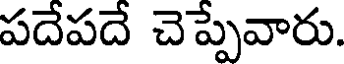
పదేపదే చెప్పేవారు.